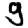
Digit: 9